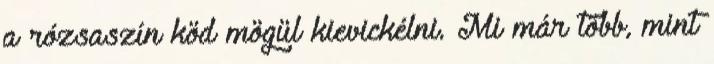
a rózsaszín köd mögül kievickélni. Mi már több, mint